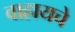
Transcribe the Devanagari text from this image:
वाहायचे